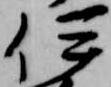
伊